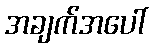
အချက်အပေါ်